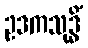
ဥဒကသုဒ္ဓိံ